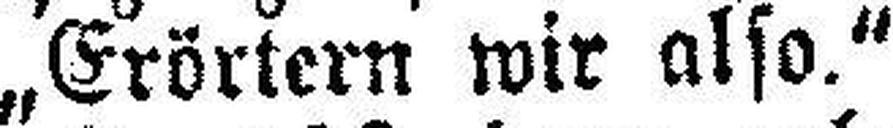
„Erörtern wir also.“